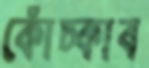
কোঁচ্‌কাব